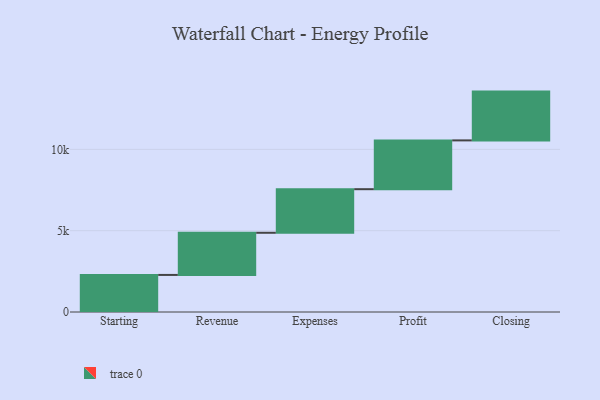
{"axis": {"x": "Step", "y": "Value"}, "legend": [""], "data": [{"x": "Starting", "y": 2279.0, "type": ""}, {"x": "Revenue", "y": 2592.0, "type": ""}, {"x": "Expenses", "y": 2680.0, "type": ""}, {"x": "Profit", "y": 3000, "type": ""}, {"x": "Closing", "y": 3000, "type": ""}]}